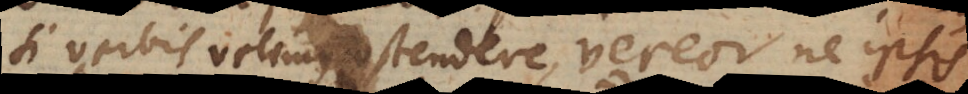
si verbis velimus ostendere, vereor ne ipsis